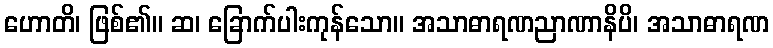
ဟောတိ၊ ဖြစ်၏။ ဆ၊ ခြောက်ပါးကုန်သော။ အသာဓာရဏညာဏာနိပိ၊ အသာဓာရဏ